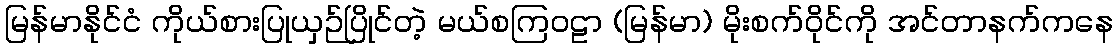
မြန်မာနိုင်ငံ ကိုယ်စားပြုယှဉ်ပြိုင်တဲ့ မယ်စကြဝဠာ (မြန်မာ) မိုးစက်ဝိုင်ကို အင်တာနက်ကနေ